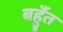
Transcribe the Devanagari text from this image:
बहुँत